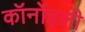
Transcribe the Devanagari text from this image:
कॉर्नोइली